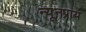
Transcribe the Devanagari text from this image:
न्यूनप्राय